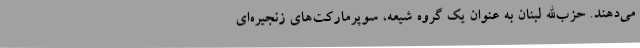
می‌دهند. حزب‌الله لبنان به عنوان یک گروه شیعه، سوپرمارکت‌های زنجیره‌ای